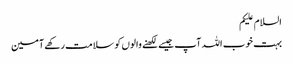
السلام علیکم
بہت خوب اللہ آپ جیسے لکھنے والوں کو سلامت رکھے آمین